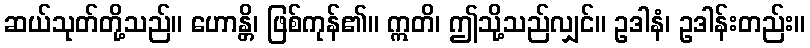
ဆယ်သုတ်တို့သည်။ ဟောန္တိ၊ ဖြစ်ကုန်၏။ ဣတိ၊ ဤသို့သည်လျှင်။ ဥဒါနံ၊ ဥဒါန်းတည်း။